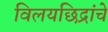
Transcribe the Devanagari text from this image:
विलयछिद्रांचे